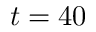
t = 4 0